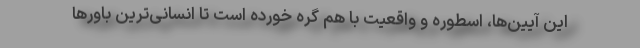
این آیین‌ها، اسطوره و واقعیت با هم گره خورده است تا انسانی‌ترین باورها